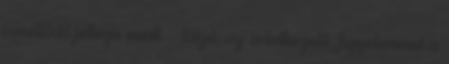
ismétlődő jellege miatt – túlzó, az adatkezelő, figyelemmel a